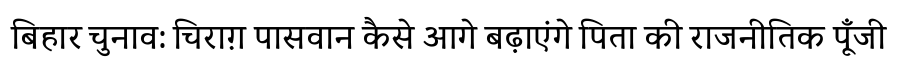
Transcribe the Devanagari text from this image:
बिहार चुनाव: चिराग़ पासवान कैसे आगे बढ़ाएंगे पिता की राजनीतिक पूँजी